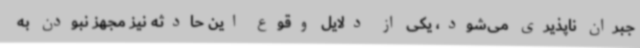
جبران ناپذیری می‌شود، یکی از دلایل وقوع این حادثه نیز مجهز نبودن به